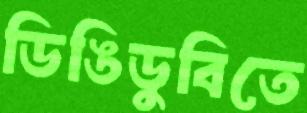
ডিঙিডুবিতে